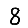
Digit: 8